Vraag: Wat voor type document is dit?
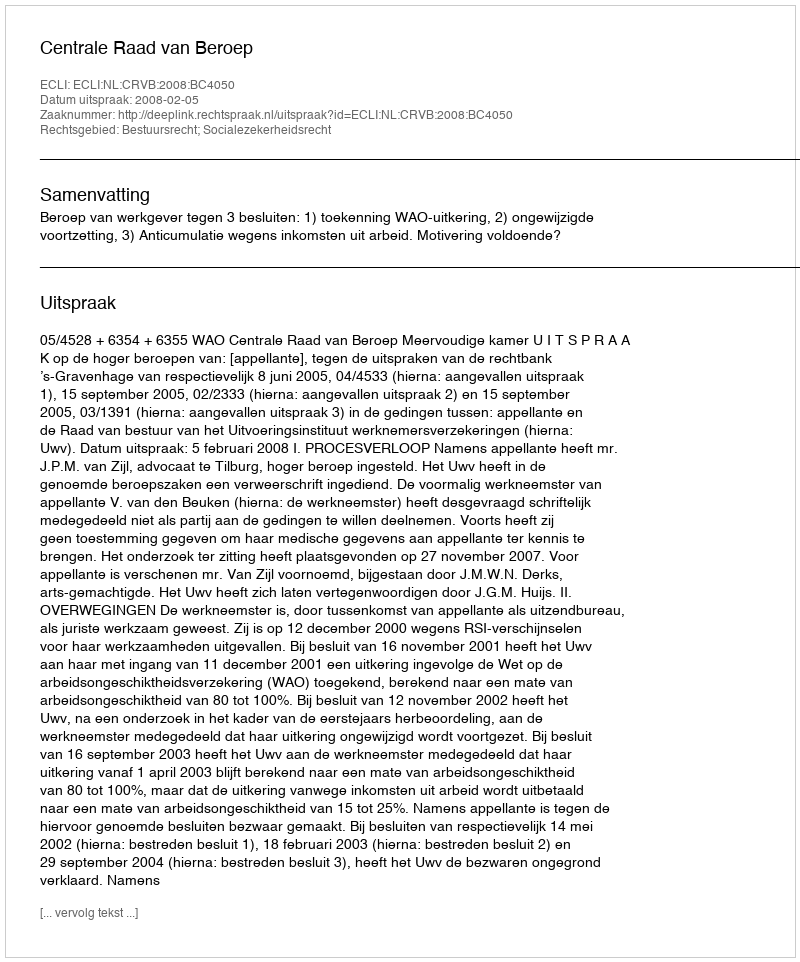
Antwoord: Uitspraak